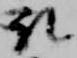
取